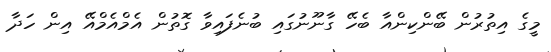
މީގެ އިތުރުން ބޭންކިންއާ ބެހޭ ގާނޫނުގައި ބުނެފައިވާ ގޮތުން އެމްއެމްއޭ އިން ހަދާ